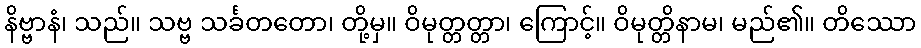
နိဗ္ဗာနံ၊ သည်။ သဗ္ဗ သင်္ခတတော၊ တို့မှ။ ဝိမုတ္တတ္တာ၊ ကြောင့်။ ဝိမုတ္တိနာမ၊ မည်၏။ တိဿော